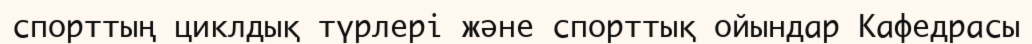
спорттың циклдық түрлері және спорттық ойындар Кафедрасы